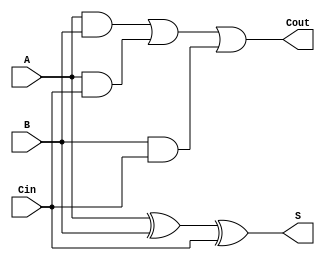
`timescale 1ns / 1ps
//////////////////////////////////////////////////////////////////////////////////
// Company: 
// Engineer: 
// 
// Design Name: 
// Module Name: full_adder
// Project Name: 
// Target Devices: 
// Tool Versions: 
// Description: 
// 
// Dependencies: 
// 
// Revision:
// Revision 0.01 - File Created
// Additional Comments:
// 
//////////////////////////////////////////////////////////////////////////////////


module full_adder(
    input A,
    input B,
    input Cin,
    output S,
    output Cout
    );

assign S = (A ^ B ^ Cin);
assign Cout = ((A & B) | (A & Cin) | (B & Cin));

endmodule